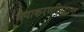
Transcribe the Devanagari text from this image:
वैयाकरणसिद्धान्त